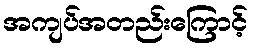
အကျပ်အတည်းကြောင့်